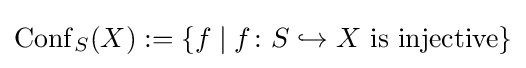
\operatorname {Conf} _{S}(X):=\{f\mid f\colon S\hookrightarrow X{\text{ is injective}}\}